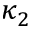
\kappa _ { 2 }